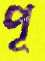
পূ